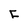
Character: F